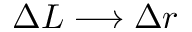
\Delta L \longrightarrow \Delta r